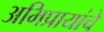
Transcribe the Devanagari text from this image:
अभिप्रायांचे